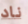
ناد